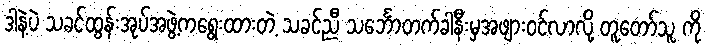
ဒါနဲ့ပဲ သခင်ထွန်းအုပ်အဖွဲ့ကရွေးထားတဲ့ သခင်ညီ သင်္ဘောတက်ခါနီးမှအဖျားဝင်လာလို့ တူတော်သူ ကို